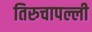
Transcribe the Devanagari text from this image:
तिरुचापल्ली